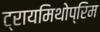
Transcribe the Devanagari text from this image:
ट्रायमिथोप्रिम